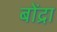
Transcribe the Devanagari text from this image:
बोंद्रा